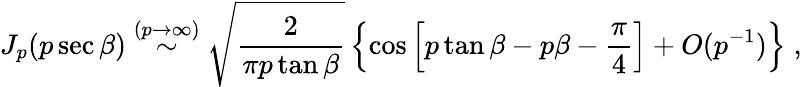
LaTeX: J_{p}(p\sec\beta)\stackrel{(p\rightarrow\infty)}{\sim}\sqrt{\frac{2}{\pi p\tan\beta}}\left\{ \cos\left[p\tan\beta-p\beta-\frac{\pi}{4}\right]+O(p^{-1})\right\} \; ,